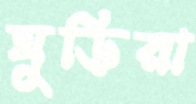
ঘুড়িরা